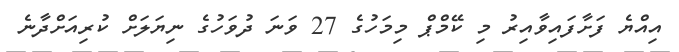
އިއްޔެ ފަށާފައިވާއިރު މި ކޭމްޕް މިމަހުގެ 27 ވަނަ ދުވަހުގެ ނިޔަލަށް ކުރިއަށްދާނެ